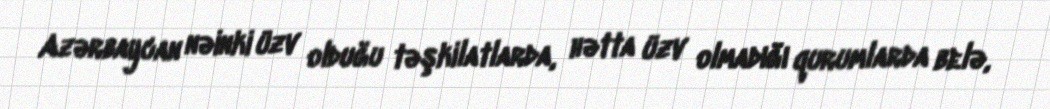
Azərbaycan nəinki üzv olduğu təşkilatlarda, hətta üzv olmadığı qurumlarda belə,